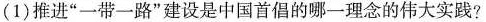
(1)推进”一带一路”建设是中国首倡的哪一理念的伟大实践?